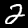
Label: 2